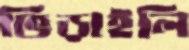
ভিড়াইলি